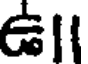
ఉll